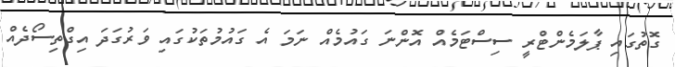
ގޮތުގައި ޕާލަމެންޓްރީ ސިސްޓަމެއް އޮންނަ ގައުމެއް ނަމަ އެ ގައުމުތަކުގައި ވަރުގަދަ އިގްތިސޯދެއް